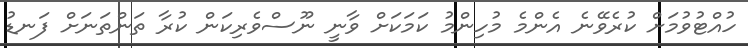
ހުއްޓުވުމަށް ކުރެވޭނެ އެންމެ މުހިންމު ކަމަކަށް ވާނީ ނޫސްވެރިކަން ކުރާ ތަންތަނަށް ފަނޑު